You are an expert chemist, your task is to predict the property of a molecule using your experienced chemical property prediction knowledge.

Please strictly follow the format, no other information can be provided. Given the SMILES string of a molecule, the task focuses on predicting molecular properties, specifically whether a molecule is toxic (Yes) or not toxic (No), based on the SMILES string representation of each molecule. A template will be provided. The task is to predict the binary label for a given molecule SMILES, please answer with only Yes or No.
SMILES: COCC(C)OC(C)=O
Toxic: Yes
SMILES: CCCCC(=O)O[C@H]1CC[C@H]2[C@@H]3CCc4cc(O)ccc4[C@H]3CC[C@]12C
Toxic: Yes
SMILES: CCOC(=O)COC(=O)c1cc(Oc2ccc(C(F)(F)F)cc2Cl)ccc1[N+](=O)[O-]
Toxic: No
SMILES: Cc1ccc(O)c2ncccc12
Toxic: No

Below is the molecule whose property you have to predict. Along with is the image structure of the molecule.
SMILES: CCO
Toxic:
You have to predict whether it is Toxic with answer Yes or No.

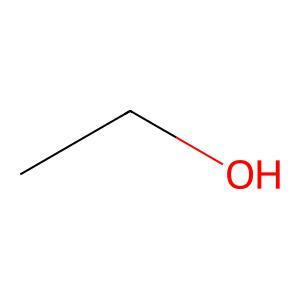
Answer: No